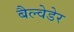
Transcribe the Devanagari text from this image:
बैल्वेडेर